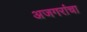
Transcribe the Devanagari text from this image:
अजगरांचा